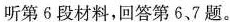
听第 6 段材料，回答第 6、7 题。